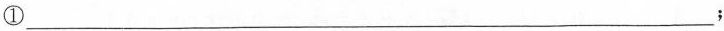
①___；